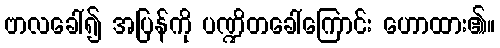
ဗာလခေါ်၍ အပြန်ကို ပဏ္ဍိတခေါ်ကြောင်း ဟောထား၏။